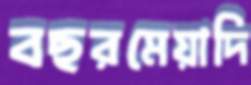
বছরমেয়াদি